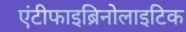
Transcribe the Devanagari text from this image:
एंटीफाइब्रिनोलाइटिक